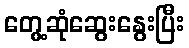
တွေ့ဆုံဆွေးနွေးပြီး